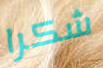
شكرا